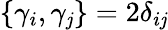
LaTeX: \{ \gamma_{i},\gamma_{\mathit{j}}\} =2\delta_{i\mathit{j}}